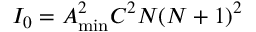
{ I _ { 0 } } = A _ { \operatorname* { m i n } } ^ { 2 } { C ^ { 2 } } N ( N + 1 ) ^ { 2 }